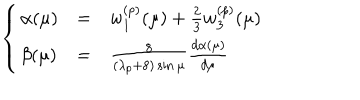
LaTeX: \left\{ \begin{array} { l l l } { { \alpha ( \mu ) } } & { { = } } & { { w _ { 1 } ^ { ( p ) } ( \mu ) + \frac { 2 } { 3 } w _ { 3 } ^ { ( p ) } ( \mu ) } } \\ { { \beta ( \mu ) } } & { { = } } & { { \frac { 8 } { ( \lambda _ { p } + 8 ) \sin \mu } \frac { d \alpha ( \mu ) } { d \mu } } } \\ \end{array} \right.